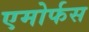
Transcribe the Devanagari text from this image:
एमोर्फस